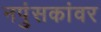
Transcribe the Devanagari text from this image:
नपुंसकांवर